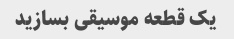
یک قطعه موسیقی بسازید